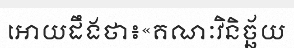
អោយដឹងថា៖«គណៈវិនិច្ឆ័យ